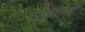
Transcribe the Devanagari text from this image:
दाहप्रशमनी